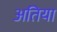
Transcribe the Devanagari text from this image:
अतिया